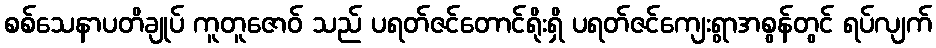
စစ်သေနာပတိချုပ် ကူတူဇောဝ် သည် ပရတ်ဇင်တောင်ရိုးရှိ ပရတ်ဇင်ကျေးရွာအစွန်တွင် ရပ်လျက်